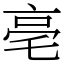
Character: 亳